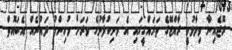
ރޮޒެއިނާ ވިދާޅުވީ ރާއްޖޭގެ ތަރައްގީގައި އެ މަނިކުފާނުގެ ވަރަަށް މުހިންމު ދައުރެއް އެބައޮތް